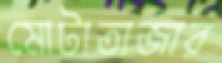
মোটাতাজার